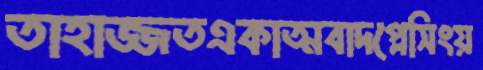
তাহাজ্জতএকাত্মবাদপ্লেসিংয়